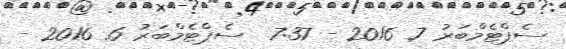
ސެޕްޓެމްބަރު 7